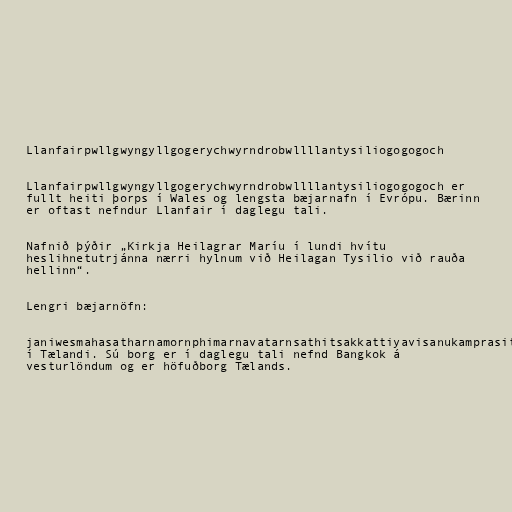
Llanfairpwllgwyngyllgogerychwyrndrobwllllantysiliogogogoch

Llanfairpwllgwyngyllgogerychwyrndrobwllllantysiliogogogoch er
fullt heiti þorps í Wales og lengsta bæjarnafn í Evrópu. Bærinn
er oftast nefndur Llanfair í daglegu tali.

Nafnið þýðir „Kirkja Heilagrar Maríu í lundi hvítu
heslihnetutrjánna nærri hylnum við Heilagan Tysilio við rauða
hellinn“.

Lengri bæjarnöfn:

janiwesmahasatharnamornphimarnavatarnsathitsakkattiyavisanukamprasit
í Tælandi. Sú borg er í daglegu tali nefnd Bangkok á
vesturlöndum og er höfuðborg Tælands.